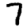
Digit: 7